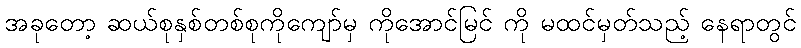
အခုတော့ ဆယ်စုနှစ်တစ်စုကိုကျော်မှ ကိုအောင်မြင် ကို မထင်မှတ်သည့် နေရာတွင်